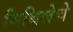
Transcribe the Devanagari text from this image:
मिथिलेचे